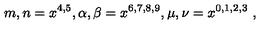
m , n = x ^ { 4 , 5 } , \alpha , \beta = x ^ { 6 , 7 , 8 , 9 } , \mu , \nu = x ^ { 0 , 1 , 2 , 3 } \ ,